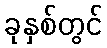
ခုနှစ်တွင်